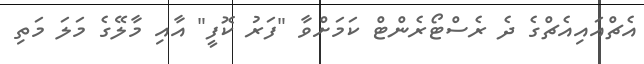
އެޗްއައިއެޗްގެ ދެ ރެސްޓޯރެންޓް ކަމަށްވާ "ފަރު ކޮފީ" އާއި މާލޭގެ މަލަ މަތި